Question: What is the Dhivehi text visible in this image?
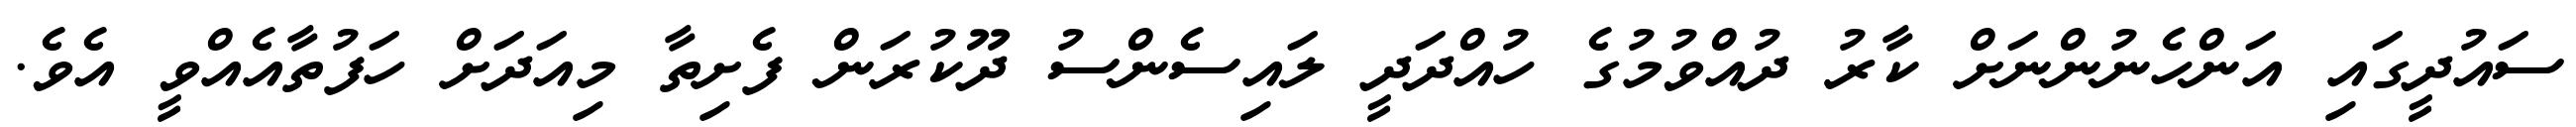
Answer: ސައުދީގައި އަންހެނުންނަށް ކާރު ދުއްވުމުގެ ހުއްދަދީ ލައިސެންސު ދޫކުރަން ފެށިތާ މިއަދަށް ހަފުތާއެއްވީ އެވެ.